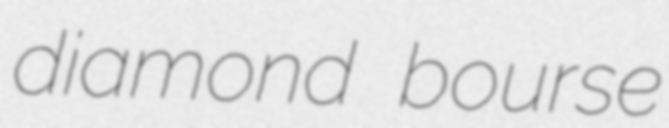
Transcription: diamond bourse